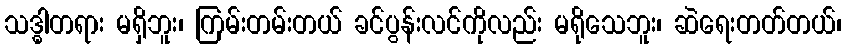
သဒ္ဓါတရား မရှိဘူး၊ ကြမ်းတမ်းတယ် ခင်ပွန်းလင်ကိုလည်း မရိုသေဘူး၊ ဆဲရေးတတ်တယ်၊